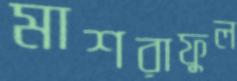
মাশরাফুল